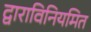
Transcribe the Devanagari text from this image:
द्वाराविनियमित